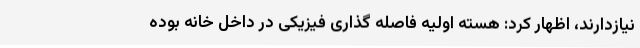
نیازدارند، اظهار کرد: هسته اولیه فاصله گذاری فیزیکی در داخل خانه بوده